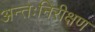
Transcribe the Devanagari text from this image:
अन्तःनिरीक्षण